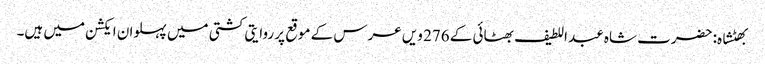
بھٹشاہ: حضرت شاہ عبد اللطیف بھٹائی کے 276 ویں عرس کے موقع پر روایتی کشتی میں پہلوان ایکشن میں ہیں۔